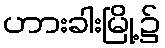
ဟားခါးမြို့၌